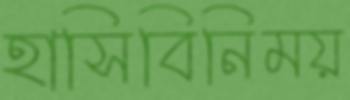
হাসিবিনিময়